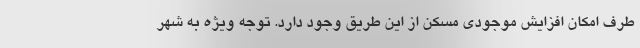
طرف امکان افزایش موجودی مسکن از این طریق وجود دارد. توجه ویژه به شهر